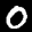
Label: 0